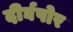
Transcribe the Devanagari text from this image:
दीर्घपोर